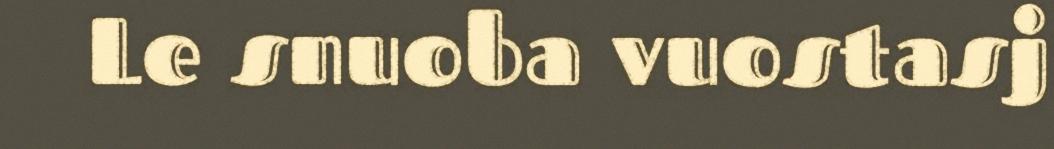
Le snuoba vuostasj